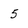
Character: 5